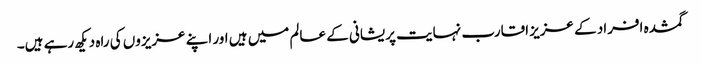
گمشدہ افراد کے عزیز اقارب نہایت پریشانی کے عالم میں ہیں اور اپنے عزیزوں کی راہ دیکھ رہے ہیں۔